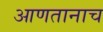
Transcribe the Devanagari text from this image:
आणतानाच